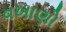
વખાણો